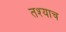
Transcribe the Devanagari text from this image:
तश्याच